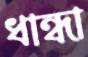
ধান্ধা